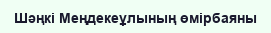
Шәңкі Меңдекеұлының өмірбаяны